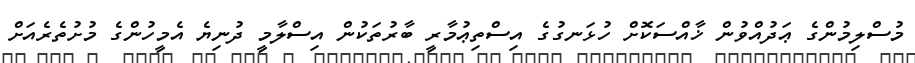
މުސްލިމުންގެ ޢަދުއްވުން ޚާއްސަކޮށް ހުޅަނގުގެ އިސްތިޢުމާރީ ބާރުތަކުން އިސްލާމީ ދުނިޔެ އެމީހުންގެ މުށުތެރެއަށް